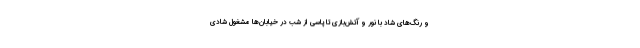
و رنگ‌های شاد با نور و آتش‌بازی تا پاسی از شب در خیابان‌ها مشغول شادی